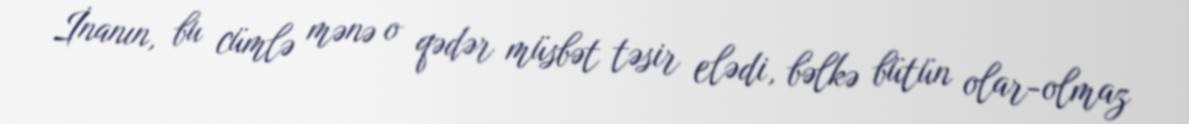
İnanın, bu cümlə mənə o qədər müsbət təsir elədi, bəlkə bütün olar-olmaz